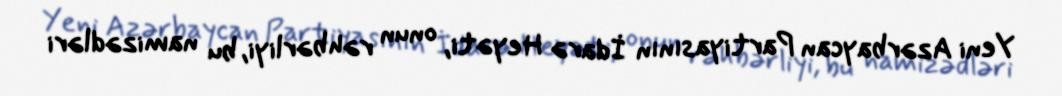
Yeni Azərbaycan Partiyasının İdarə Heyəti, onun rəhbərliyi, bu namizədləri